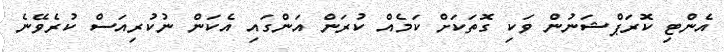
އެންޓި ކޮރަޕްޝަނުން ވަކި ގޮތަކަށް ކަމެއް ކުރަން އަންގައި އެކަން ނުކުރިއަސް ކުރެވޭނެ